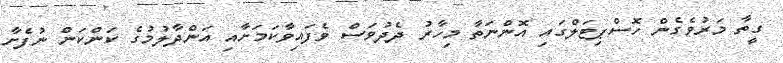
ގީތާ މަރުވެގެން ހޮސްޕިޓަލްގައި އޮންނަތާ މިހާރު ދެދުވަސް ވެފައިވާކަމަށާއި އަންދާލުމުގެ ކަންކަން ނުފެށާ